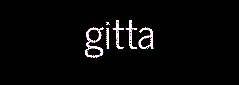
gitta